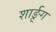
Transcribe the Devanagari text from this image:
शार्ङ्र्ग